Annual report of the Central Committee of the Association together with the report of the directors of the Pasteur Institute at Kasauli
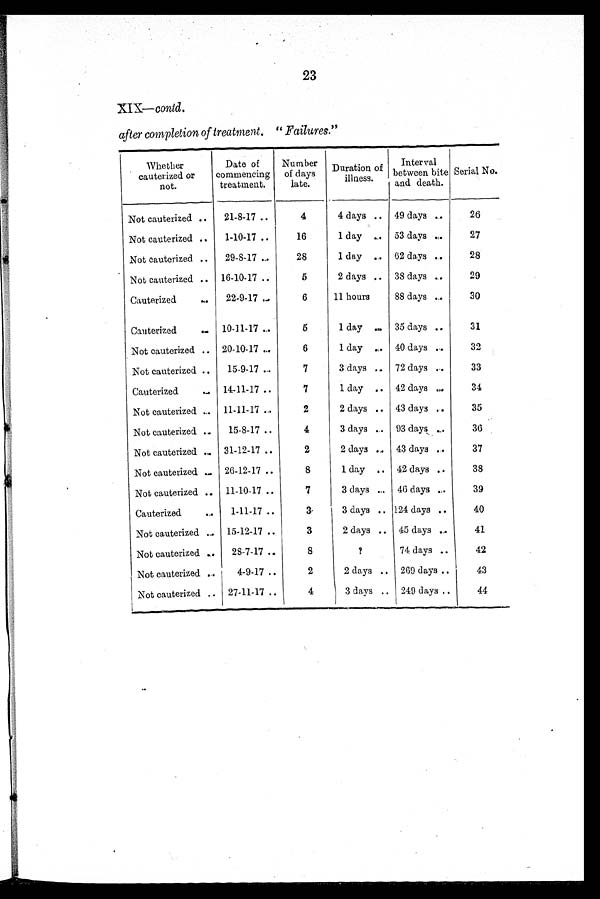
23
XIX— contd.
after completion of treatment. " Failures."
Whether
cauterized or not.
Date of
commencing
treatment.
Number
of days
late.
Duration of
i l l nes s .
Interval
between bite
and death.
Serial No.
Not cauterized
21-8-17
4
4 days
49 days
26
Not cauterized
1-10-17
16
1 day
53 days
27
Not cauterized
29-8-17
28
1 day
62 days
28
Not cauterized
16-10-17
5
2 days
38 days
29
Cauterized
22-9-17
6
11 hours
88 days
30
Cauterized
10-11-17
5
1 day
35 days
31
Not cauterized
20-10-17
6
1 day
40 days
32
Not cauterized
15-9-17
7
3 days
72 days
33
Cauterized
14-11-17
7
1 day
42 days
34
Not cauterized
11-11-17
2
2 days
43 days
35
Not cauterized
15-8-17
4
3 days
93 days
36
Not cauterized
31-12-17
2
2 days
43 days
37
Not cauterized
26-12-17
8
1 day
42 days
38
Not cauterized
11-10-17
7
3 days
46 days
39
Cauterized
1-11-17
3
3 days
124 days
40
Not cauterized
15-12-17
3
2 days
45 days
41
Not cauterized
28-7-17
8
?
74 days
42
Not cauterized
4-9-17
2
2 days
269 days
43
Not cauterized
27-11-17
4
3 days
249 days
44